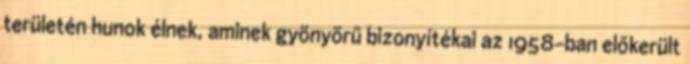
területén hunok élnek, aminek gyönyörű bizonyítékai az 1958-ban előkerült